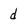
Character: d